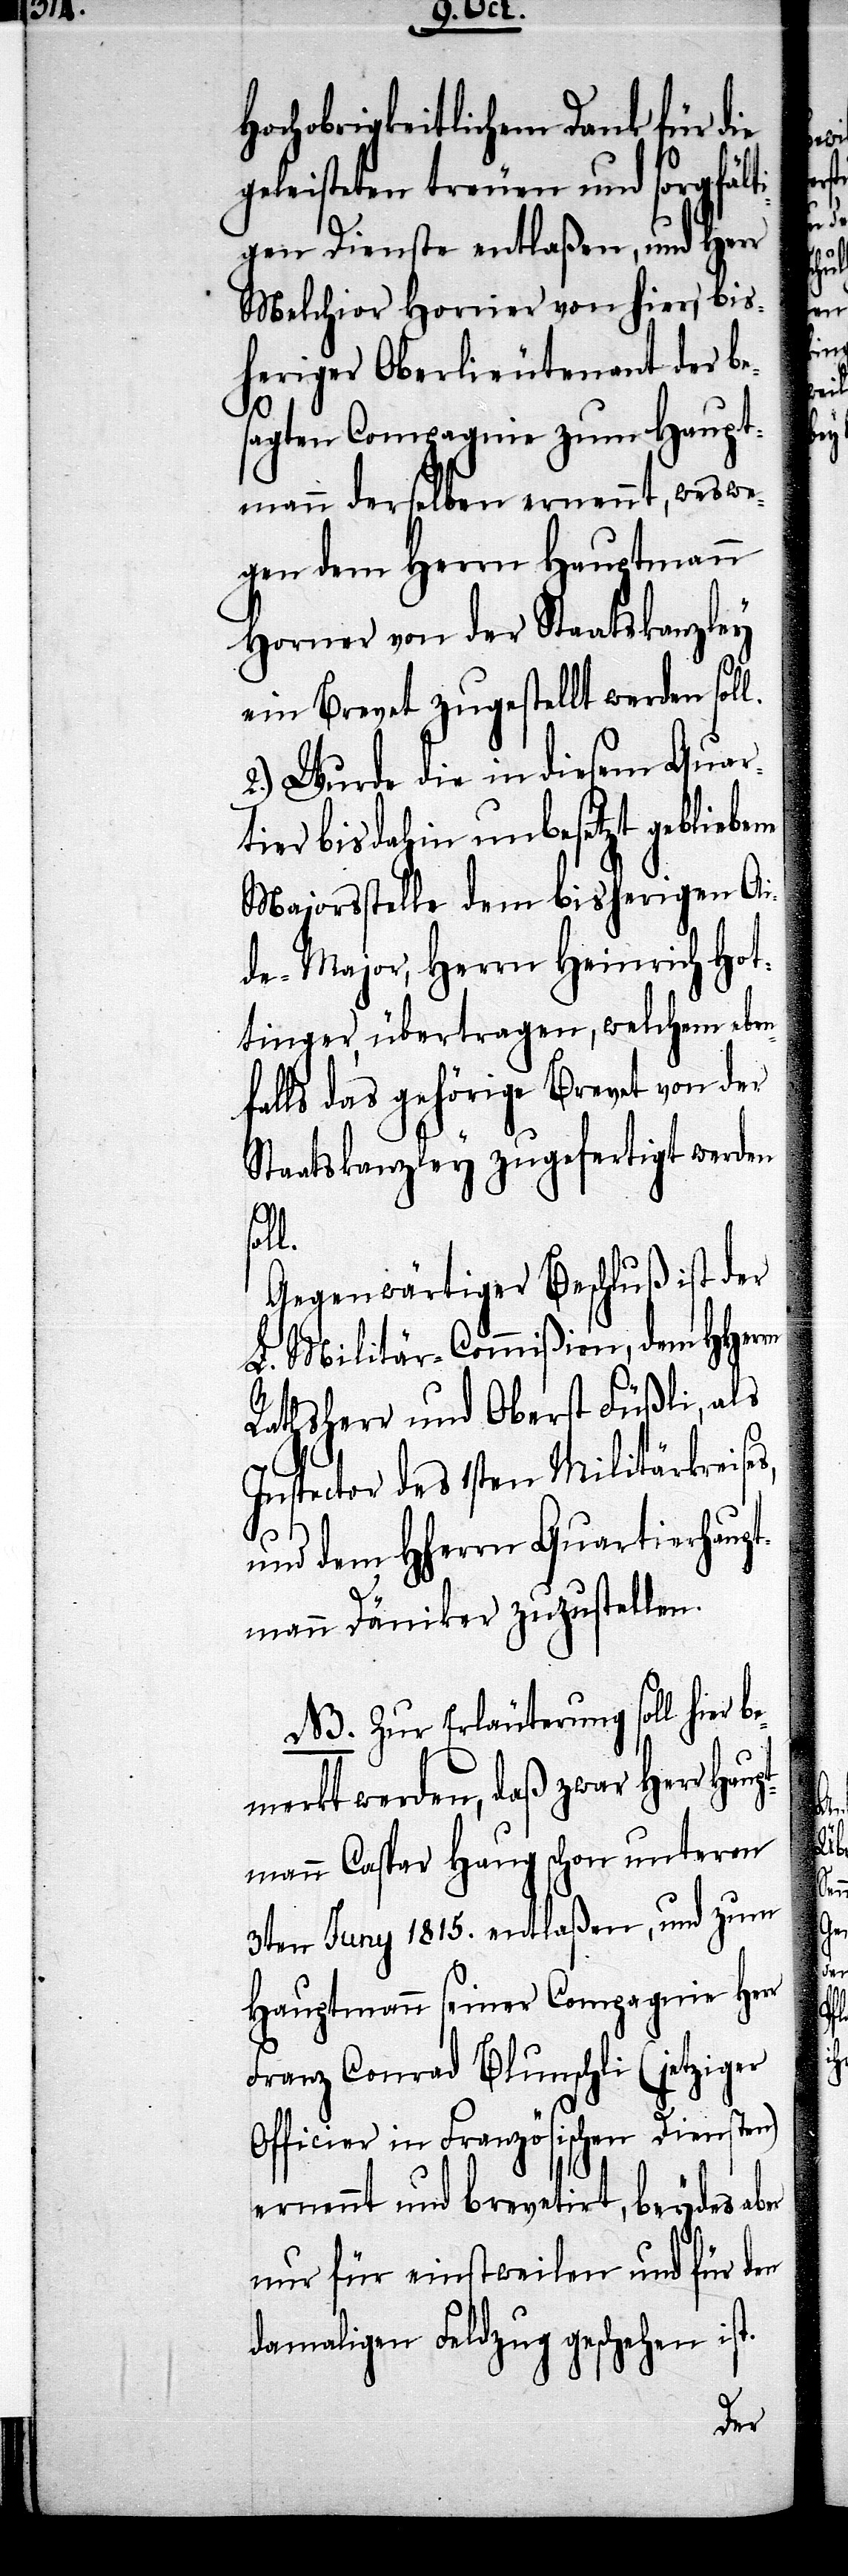
hochobrigkeitlichem Dank für die
geleisteten treuen und sorgfält¬
igen Dienste entlaßen, und Herr
Melchior Hornier von hier, bis¬
heriger Oberlieutenant der be¬
sagten Compagnie zum Haupt¬
mann derselben ernennt, weswe¬
gen dem Herrn Hauptmann
Horner von der Staatskanzley
ein Brevet zugestellt werden sol¬
2.) Wurde die in diesem Quar¬
tier bis dahin unbesetzt gebliebene
Majorsstelle dem bisherigen Ai¬
de-Major, Herrn Heinrich Hot¬
tinger, übertragen, welchem eben¬
falls das gehörige Brevet von der
Staatskanzley zugefertigt werden
l.
Gegenwärtiger Beschluß ist der
L. Militär-Commißion, dem HHer¬
Rathsherr und Oberst Füßli, als
Inspector des 1sten Militärkreises,
rn
und dem HHerrn Quartierhaupt¬
mann Däniker zuzustellen.
NB. Zur Erläuterung soll hier b¬
emerkt werden, daß zwar Herr Hau¬
ptmann Caspar Haug schon unterm
3ten Juny 1815. entlaßen, und zum
Hauptmann seiner Compagnie Herr
Franz Conrad Blunschli (jetziger
Officier in Französischen Diensten)
ernennt und brevetirt, beydes ab¬
nur für einstweilen und für den
damaligen Feldzug geschehen ist.
er